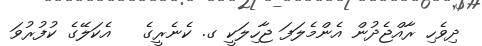
ދިވެހި ރާއްޖެދުން އެންމެލަފަ ޖާހިލަކީ ގ. ކެނެރީގެ   އެކަލޭގެ ކުފުރުވަ